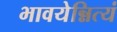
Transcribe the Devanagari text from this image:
भावयेन्नित्यं